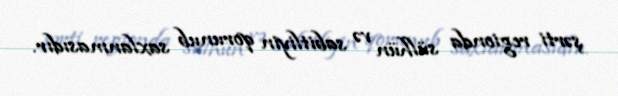
şərti regionda sülhün və sabitliyin qorunub saxlanmasıdır.